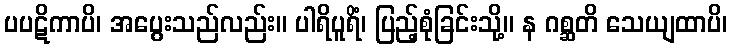
ပပဋိကာပိ၊ အပွေးသည်လည်း။ ပါရိပူရိံ၊ ပြည့်စုံခြင်းသို့။ န ဂစ္ဆတိ သေယျထာပိ၊